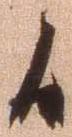
候